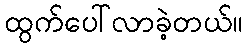
ထွက်ပေါ်လာခဲ့တယ်။